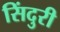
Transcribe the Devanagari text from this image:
सिंदुरी